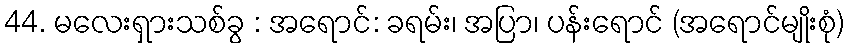
44. မလေးရှားသစ်ခွ : အရောင်: ခရမ်း၊ အပြာ၊ ပန်းရောင် (အရောင်မျိုးစုံ)